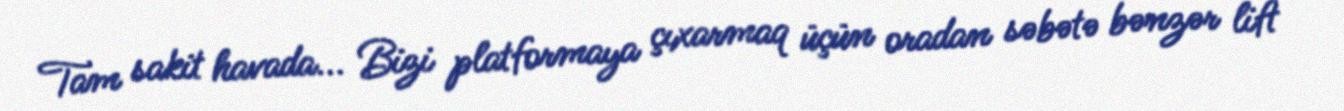
Tam sakit havada... Bizi platformaya çıxarmaq üçün oradan səbətə bənzər lift